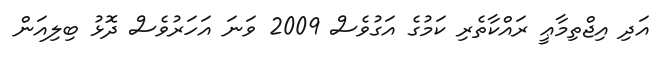
އަދި އިޖްތިމާޢީ ރައްކާތެރި ކަމުގެ އަގުވެސް 2009 ވަނަ އަހަރުވެސް ދޮޅު ބިލިއަން